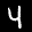
Label: 4